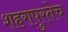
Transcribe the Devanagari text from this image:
शहरापुरतेच